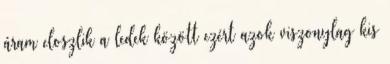
áram eloszlik a ledek között ezért azok viszonylag kis